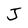
Character: J